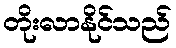
တိုးလာနိုင်သည်